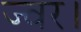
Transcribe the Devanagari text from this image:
ज्वर।